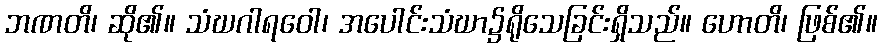
ဘဏတိ၊ ဆို၏။ သံဃဂါရဝေါ၊ အပေါင်းသံဃာ၌ရိုသေခြင်းရှိသည်။ ဟောတိ၊ ဖြစ်၏။